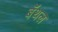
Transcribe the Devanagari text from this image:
बॅथल